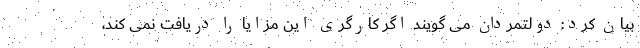
بیان کرد: دولتمردان می گویند اگر کارگری این مزایا را دریافت نمی کند،